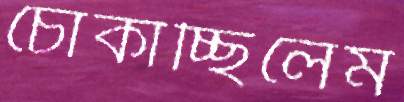
চোকাচ্ছিলেম